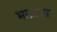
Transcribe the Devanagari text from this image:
भटट्या